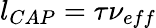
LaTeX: l_{CAP}=\tau\nu_{eff}